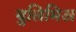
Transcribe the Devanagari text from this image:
बुलिमिअ